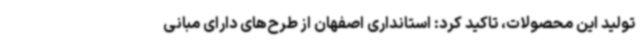
تولید این محصولات، تاکید کرد: استانداری اصفهان از طرح‌های دارای مبانی